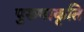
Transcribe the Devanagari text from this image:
पुरुषाकृति